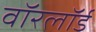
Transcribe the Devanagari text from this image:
वॉरलॉर्ड